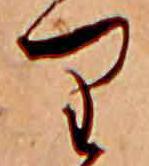
り